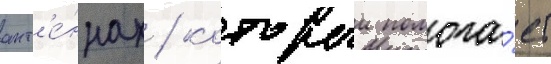
ант'е́ннах / которыи помога́ет